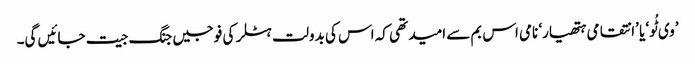
’وی ٹُو‘ یا ’انتقامی ہتھیار‘ نامی اس بم سے امید تھی کہ اس کی بدولت ہٹلر کی فوجیں جنگ جیت جائیں گی۔